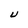
Character: U